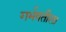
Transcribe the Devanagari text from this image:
गर्भवतीला